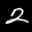
Label: 2